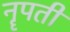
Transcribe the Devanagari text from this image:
नॄपती